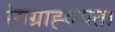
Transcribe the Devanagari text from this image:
रंगग्राह्वयता